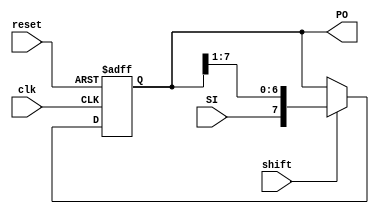
// serial to parrarel 
module SIPO(clk, reset, SI, shift, PO);
input SI, clk, reset, shift;
output [7:0] PO;        // pararel output 
reg [0:7] tmp;

always @(posedge clk or posedge reset)
begin
    if(reset)   
        tmp <= 0;
    else
    begin
        if(shift == 1)
            tmp = {SI, tmp[0:6]};
    end
end
assign PO = tmp;

endmodule